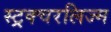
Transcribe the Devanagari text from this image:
स्ट्रक्चरलिज्म